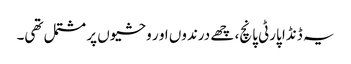
یہ ڈنڈا پارٹی پانچ، چھے درندوں او ر وحشیوں پر مشتمل تھی۔